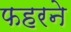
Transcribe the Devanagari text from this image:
फहरने